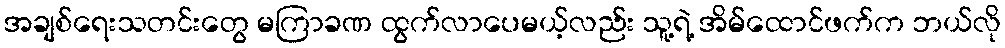
အချစ်ရေးသတင်းတွေ မကြာခဏ ထွက်လာပေမယ့်လည်း သူ့ရဲ့ အိမ်ထောင်ဖက်က ဘယ်လို